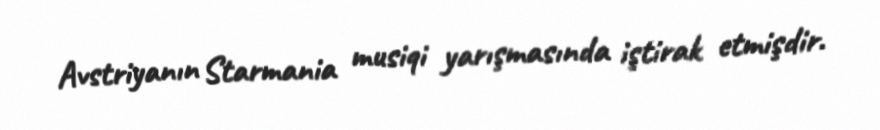
Avstriyanın Starmania musiqi yarışmasında iştirak etmişdir.